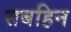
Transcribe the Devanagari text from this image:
सबहिन